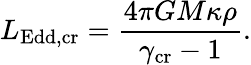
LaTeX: L_{\mathrm{Edd,cr}}=\frac{4\pi GM\kappa\rho}{\gamma_{\mathrm{cr}}-1}.